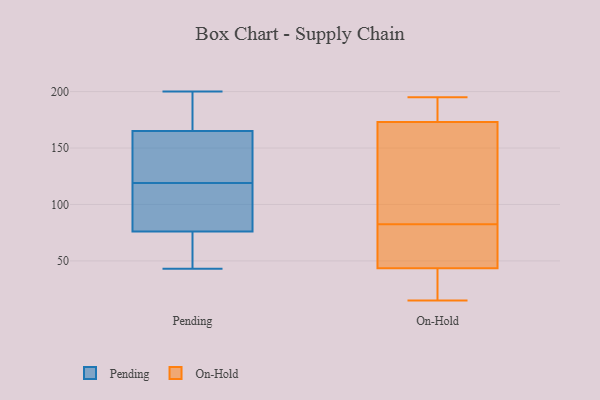
{"axis": {"x": "Revenue (USD Million)", "y": "Value"}, "legend": ["On-Hold", "Pending"], "data": [{"x": "", "y": 106, "type": "Pending"}, {"x": "", "y": 162, "type": "Pending"}, {"x": "", "y": 128, "type": "Pending"}, {"x": "", "y": 84, "type": "Pending"}, {"x": "", "y": 186, "type": "Pending"}, {"x": "", "y": 109, "type": "Pending"}, {"x": "", "y": 168, "type": "Pending"}, {"x": "", "y": 43, "type": "Pending"}, {"x": "", "y": 156, "type": "Pending"}, {"x": "", "y": 68, "type": "Pending"}, {"x": "", "y": 110, "type": "Pending"}, {"x": "", "y": 64, "type": "Pending"}, {"x": "", "y": 141, "type": "Pending"}, {"x": "", "y": 179, "type": "Pending"}, {"x": "", "y": 200, "type": "Pending"}, {"x": "", "y": 62, "type": "Pending"}, {"x": "", "y": 166, "type": "On-Hold"}, {"x": "", "y": 15, "type": "On-Hold"}, {"x": "", "y": 190, "type": "On-Hold"}, {"x": "", "y": 195, "type": "On-Hold"}, {"x": "", "y": 180, "type": "On-Hold"}, {"x": "", "y": 193, "type": "On-Hold"}, {"x": "", "y": 49, "type": "On-Hold"}, {"x": "", "y": 31, "type": "On-Hold"}, {"x": "", "y": 38, "type": "On-Hold"}, {"x": "", "y": 81, "type": "On-Hold"}, {"x": "", "y": 84, "type": "On-Hold"}, {"x": "", "y": 75, "type": "On-Hold"}, {"x": "", "y": 17, "type": "On-Hold"}, {"x": "", "y": 68, "type": "On-Hold"}, {"x": "", "y": 104, "type": "On-Hold"}, {"x": "", "y": 128, "type": "On-Hold"}]}